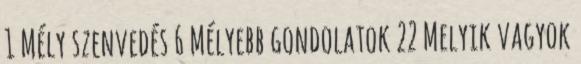
1 Mély szenvedés 6 Mélyebb gondolatok 22 Melyik vagyok